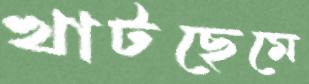
খাটছেমে